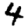
Digit: 4